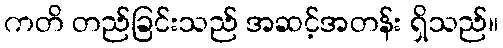
ကတိ တည်ခြင်းသည် အဆင့်အတန်း ရှိသည်။